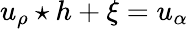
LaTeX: u_{\rho}\star h+\xi=u_{\alpha}